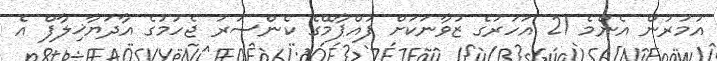
އުމުރުން އެންމެ 21 އަހަރުގެ ޒުވާނަކަށް ފުއްޕާމޭގެ ކެންސަރު ޖެހުމުގެ އާދަޔާޚިލާފް އެ